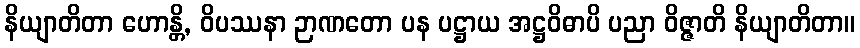
နိယျာတိတာ ဟောန္တိ, ဝိပဿနာ ဉာဏတော ပန ပဋ္ဌာယ အဋ္ဌဝိဓာပိ ပညာ ဝိဇ္ဇာတိ နိယျာတိတာ။